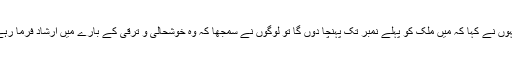
جب انہوں نے کہا کہ میں ملک کو پہلے نمبر تک پہنچا دوں گا تو لوگوں نے سمجھا کہ وہ خوشحالی و ترقی کے بارے میں ارشاد فرما رہے ہیں ۔